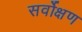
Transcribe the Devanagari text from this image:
सर्वोक्षण